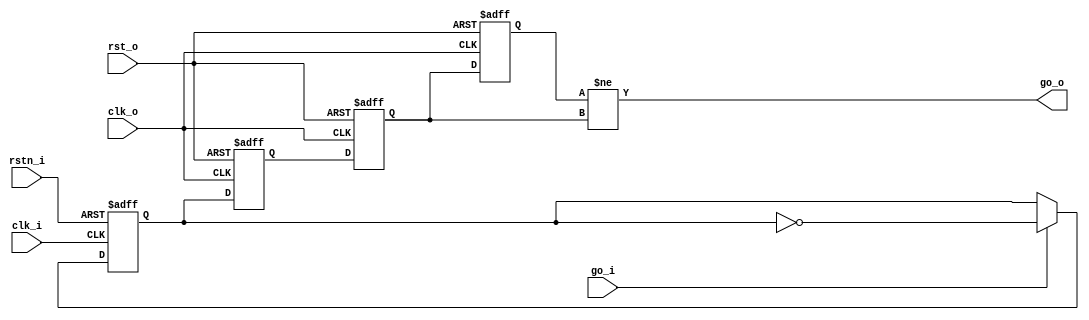
module go_CDC_go(
	input					clk_i,
	input					rstn_i,
	input					go_i,	
	input					clk_o,
	input					rst_o,
	output					go_o
	);
	reg						flip_i;
	
	always @(posedge clk_i or negedge rstn_i)
		if (!rstn_i)    flip_i <= 0;
		else if (go_i) flip_i <= ~flip_i;
	//=====================================================	
	reg						flip_o_meta;
	reg						flip_o     ;
	reg						flip_o_p1  ;
	
	assign  go_o = (flip_o_p1 != flip_o);	
	always @(posedge clk_o or negedge rst_o)
		if (!rst_o) begin
			flip_o_meta <= 0;
			flip_o <= 0;
			flip_o_p1 <= 0;
		end else begin
			flip_o_meta <= flip_i ;
			flip_o <= flip_o_meta;
			flip_o_p1 <= flip_o;
		end
	
endmodule